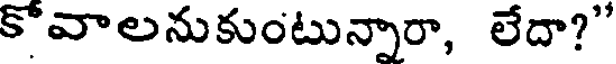
కొవాలనుకుంటున్నారా, లేదా?"